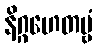
နိဂ္ဂဟေတဗ္ဗံ